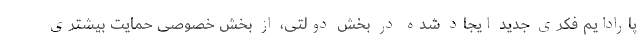
پارادایم فکری جدید ایجاد شده در بخش دولتی، از بخش خصوصی حمایت بیشتری